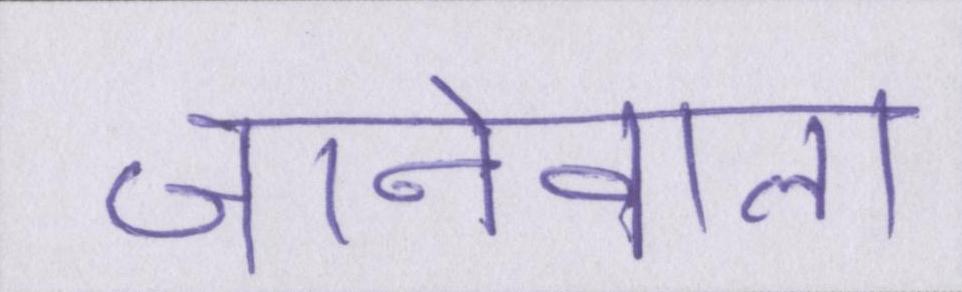
जानेवाला